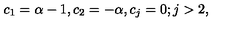
c _ { 1 } = \alpha - 1 , c _ { 2 } = - \alpha , c _ { j } = 0 ; j > 2 ,